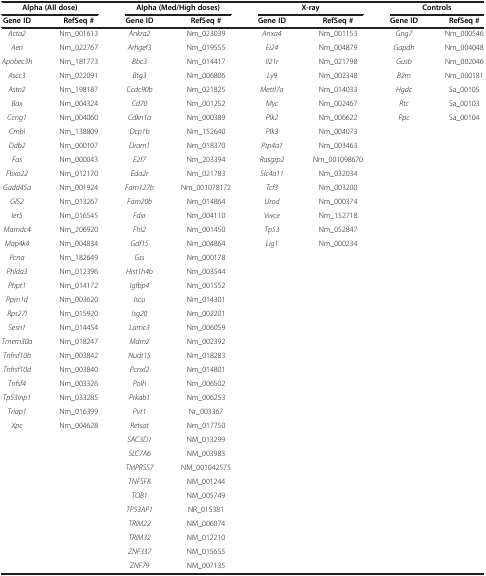
<table><thead><tr><td colspan="2"><b>Alpha (All dose)</b></td><td colspan="2"><b>Alpha (Med/High doses)</b></td><td colspan="2"><b>X-ray</b></td><td colspan="2"><b>Controls</b></td></tr><tr><td><b>Gene ID</b></td><td><b>RefSeq #</b></td><td><b>Gene ID</b></td><td><b>RefSeq #</b></td><td><b>Gene ID</b></td><td><b>RefSeq #</b></td><td><b>Gene ID</b></td><td><b>RefSeq #</b></td></tr></thead><tbody><tr><td><i>Acta2</i></td><td>Nm_001613</td><td><i>Ankra2</i></td><td>Nm_023039</td><td><i>Anxa4</i></td><td>Nm_001153</td><td><i>Gng7</i></td><td>Nm_000546</td></tr><tr><td><i>Aen</i></td><td>Nm_022767</td><td><i>Arhgef3</i></td><td>Nm_019555</td><td><i>Ei24</i></td><td>Nm_004879</td><td><i>Gapdh</i></td><td>Nm_004048</td></tr><tr><td><i>Apobec3h</i></td><td>Nm_181773</td><td><i>Bbc3</i></td><td>Nm_014417</td><td><i>Il21r</i></td><td>Nm_021798</td><td><i>Gusb</i></td><td>Nm_002046</td></tr><tr><td><i>Ascc3</i></td><td>Nm_022091</td><td><i>Btg3</i></td><td>Nm_006806</td><td><i>Ly9</i></td><td>Nm_002348</td><td><i>B2m</i></td><td>Nm_000181</td></tr><tr><td><i>Astn2</i></td><td>Nm_198187</td><td><i>Ccdc90b</i></td><td>Nm_021825</td><td><i>Mettl7a</i></td><td>Nm_014033</td><td><i>Hgdc</i></td><td>Sa_00105</td></tr><tr><td><i>Bax</i></td><td>Nm_004324</td><td><i>Cd70</i></td><td>Nm_001252</td><td><i>Myc</i></td><td>Nm_002467</td><td><i>Rtc</i></td><td>Sa_00103</td></tr><tr><td><i>Ccng1</i></td><td>Nm_004060</td><td><i>Cdkn1a</i></td><td>Nm_000389</td><td><i>Plk2</i></td><td>Nm_006622</td><td><i>Ppc</i></td><td>Sa_00104</td></tr><tr><td><i>Cmbl</i></td><td>Nm_138809</td><td><i>Dcp1b</i></td><td>Nm_152640</td><td><i>Plk3</i></td><td>Nm_004073</td><td> </td><td> </td></tr><tr><td><i>Ddb2</i></td><td>Nm_000107</td><td><i>Dram1</i></td><td>Nm_018370</td><td><i>Ptp4a1</i></td><td>Nm_003463</td><td> </td><td> </td></tr><tr><td><i>Fas</i></td><td>Nm_000043</td><td><i>E2f7</i></td><td>Nm_203394</td><td><i>Rasgrp2</i></td><td>Nm_001098670</td><td> </td><td> </td></tr><tr><td><i>Fbxo22</i></td><td>Nm_012170</td><td><i>Eda2r</i></td><td>Nm_021783</td><td><i>Slc4a11</i></td><td>Nm_032034</td><td> </td><td> </td></tr><tr><td><i>Gadd45a</i></td><td>Nm_001924</td><td><i>Fam127b</i></td><td>Nm_001078172</td><td><i>Tcf3</i></td><td>Nm_003200</td><td> </td><td> </td></tr><tr><td><i>GlS2</i></td><td>Nm_013267</td><td><i>Fam20b</i></td><td>Nm_014864</td><td><i>Urod</i></td><td>Nm_000374</td><td> </td><td> </td></tr><tr><td><i>Ier5</i></td><td>Nm_016545</td><td><i>Fdxr</i></td><td>Nm_004110</td><td><i>Vwce</i></td><td>Nm_152718</td><td> </td><td> </td></tr><tr><td><i>Mamdc4</i></td><td>Nm_206920</td><td><i>Fhl2</i></td><td>Nm_001450</td><td><i>Tp53</i></td><td>Nm_052847</td><td> </td><td> </td></tr><tr><td><i>Map4k4</i></td><td>Nm_004834</td><td><i>Gdf15</i></td><td>Nm_004864</td><td><i>Lig1</i></td><td>Nm_000234</td><td> </td><td> </td></tr><tr><td><i>Pcna</i></td><td>Nm_182649</td><td><i>Gss</i></td><td>Nm_000178</td><td> </td><td> </td><td> </td><td> </td></tr><tr><td><i>Phlda3</i></td><td>Nm_012396</td><td><i>Hist1h4b</i></td><td>Nm_003544</td><td> </td><td> </td><td> </td><td> </td></tr><tr><td><i>Phpt1</i></td><td>Nm_014172</td><td><i>Igfbp4</i></td><td>Nm_001552</td><td> </td><td> </td><td> </td><td> </td></tr><tr><td><i>Ppm1d</i></td><td>Nm_003620</td><td><i>Iscu</i></td><td>Nm_014301</td><td> </td><td> </td><td> </td><td> </td></tr><tr><td><i>Rps27l</i></td><td>Nm_015920</td><td><i>Isg20</i></td><td>Nm_002201</td><td> </td><td> </td><td> </td><td> </td></tr><tr><td><i>Sesn1</i></td><td>Nm_014454</td><td><i>Lamc3</i></td><td>Nm_006059</td><td> </td><td> </td><td> </td><td> </td></tr><tr><td><i>Tmem30a</i></td><td>Nm_018247</td><td><i>Mdm2</i></td><td>Nm_002392</td><td> </td><td> </td><td> </td><td> </td></tr><tr><td><i>Tnfrsf10b</i></td><td>Nm_003842</td><td><i>Nudt15</i></td><td>Nm_018283</td><td> </td><td> </td><td> </td><td> </td></tr><tr><td><i>Tnfrsf10d</i></td><td>Nm_003840</td><td><i>Pcnxl2</i></td><td>Nm_014801</td><td> </td><td> </td><td> </td><td> </td></tr><tr><td><i>Tnfsf4</i></td><td>Nm_003326</td><td><i>Polh</i></td><td>Nm_006502</td><td> </td><td> </td><td> </td><td> </td></tr><tr><td><i>Tp53inp1</i></td><td>Nm_033285</td><td><i>Prkab1</i></td><td>Nm_006253</td><td> </td><td> </td><td> </td><td> </td></tr><tr><td><i>Triap1</i></td><td>Nm_016399</td><td><i>Pvt1</i></td><td>Nr_003367</td><td> </td><td> </td><td> </td><td> </td></tr><tr><td><i>Xpc</i></td><td>Nm_004628</td><td><i>Retsat</i></td><td>Nm_017750</td><td> </td><td> </td><td> </td><td> </td></tr><tr><td> </td><td> </td><td><i>SAC3D1</i></td><td>NM_013299</td><td> </td><td> </td><td> </td><td> </td></tr><tr><td> </td><td> </td><td><i>SLC7A6</i></td><td>NM_003983</td><td> </td><td> </td><td> </td><td> </td></tr><tr><td> </td><td> </td><td><i>TMPRSS7</i></td><td>NM_001042575</td><td> </td><td> </td><td> </td><td> </td></tr><tr><td> </td><td> </td><td><i>TNFSF8</i></td><td>NM_001244</td><td> </td><td> </td><td> </td><td> </td></tr><tr><td> </td><td> </td><td><i>TOB1</i></td><td>NM_005749</td><td> </td><td> </td><td> </td><td> </td></tr><tr><td> </td><td> </td><td><i>TP53AP1</i></td><td>NR_015381</td><td> </td><td> </td><td> </td><td> </td></tr><tr><td> </td><td> </td><td><i>TRIM22</i></td><td>NM_006074</td><td> </td><td> </td><td> </td><td> </td></tr><tr><td> </td><td> </td><td><i>TRIM32</i></td><td>NM_012210</td><td> </td><td> </td><td> </td><td> </td></tr><tr><td> </td><td> </td><td><i>ZNF337</i></td><td>NM_015655</td><td> </td><td> </td><td> </td><td> </td></tr><tr><td> </td><td> </td><td><i>ZNF79</i></td><td>NM_007135</td><td> </td><td> </td><td> </td><td> </td></tr></tbody></table>